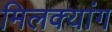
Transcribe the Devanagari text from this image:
मिलक्यांग